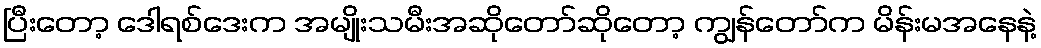
ပြီးတော့ ဒေါရစ်ဒေးက အမျိုးသမီးအဆိုတော်ဆိုတော့ ကျွန်တော်က မိန်းမအနေနဲ့